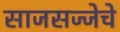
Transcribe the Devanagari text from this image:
साजसज्जेचे